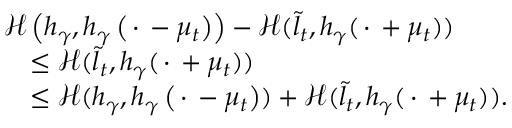
\begin{array} { r l } & { { \mathscr { H } } \left( h _ { \gamma } , h _ { \gamma } \left( \, \cdot \, - \mu _ { t } \right) \right) - { \mathscr { H } } ( \tilde { l } _ { t } , h _ { \gamma } ( \, \cdot \, + \mu _ { t } ) ) } \\ & { \quad \leq { \mathscr { H } } ( \tilde { l } _ { t } , h _ { \gamma } ( \, \cdot \, + \mu _ { t } ) ) } \\ & { \quad \leq { \mathscr { H } } ( h _ { \gamma } , h _ { \gamma } \left( \, \cdot \, - \mu _ { t } \right) ) + { \mathscr { H } } ( \tilde { l } _ { t } , h _ { \gamma } ( \, \cdot \, + \mu _ { t } ) ) . } \end{array}